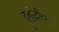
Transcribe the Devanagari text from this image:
दुर्बुद्धीच्या